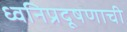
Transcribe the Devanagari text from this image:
ध्वनिप्रदूषणाची